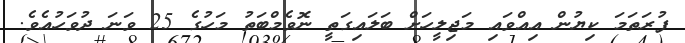
ފުރަތަމަ ކިޔުން އިއްވައި މަޖިލީހަށް ބަލައިގަތީ ނޮވެމްބަތު މަހުގެ 25 ވަނަ ދުވަހުއެވެ.